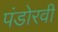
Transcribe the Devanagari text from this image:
पंडोरवी